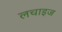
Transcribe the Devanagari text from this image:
लचाइज